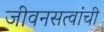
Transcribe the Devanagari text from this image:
जीवनसत्वांची